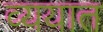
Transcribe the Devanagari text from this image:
व्ययात